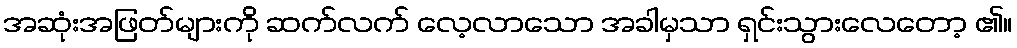
အဆုံးအဖြတ်များကို ဆက်လက် လေ့လာသော အခါမှသာ ရှင်းသွားလေတော့ ၏။